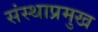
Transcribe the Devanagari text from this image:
संस्थाप्रमुख